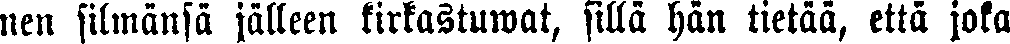
nen silmänsä jälleen kirkastuwat, sillä hän tietää, että joka